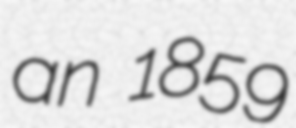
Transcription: an 1859